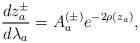
LaTeX: \begin{align*} \frac{dz_a^\pm}{d\lambda_a} = A_a^{(\pm)} e^{-2\rho(z_a)},\end{align*}